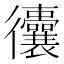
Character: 𢖧